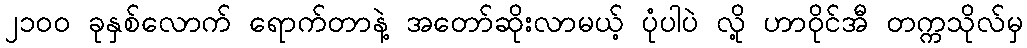
၂၁၀၀ ခုနှစ်လောက် ရောက်တာနဲ့ အတော်ဆိုးလာမယ့် ပုံပါပဲ လို့ ဟာဝိုင်အီ တက္ကသိုလ်မှ